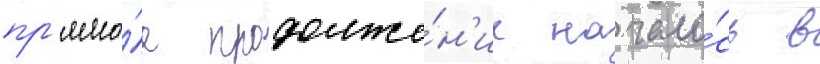
пр'ямо́е продолже́н'ие начало́сь в